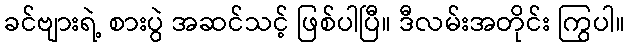
ခင်ဗျားရဲ့ စားပွဲ အဆင်သင့် ဖြစ်ပါပြီ။ ဒီလမ်းအတိုင်း ကြွပါ။